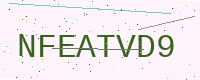
Text: NFEATVD9